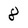
Character: 8